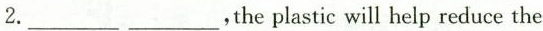
2. ___ ___,the plastic will help reduce the